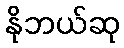
နိုဘယ်ဆု